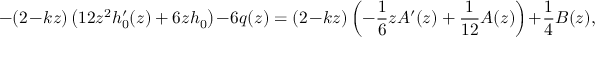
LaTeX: - ( 2 - k z ) \left( 1 2 z ^ { 2 } h _ { 0 } ^ { \prime } ( z ) + 6 z h _ { 0 } \right) - 6 q ( z ) = ( 2 - k z ) \left( - \frac { 1 } { 6 } z A ^ { \prime } ( z ) + \frac { 1 } { 1 2 } A ( z ) \right) + \frac { 1 } { 4 } B ( z ) ,